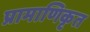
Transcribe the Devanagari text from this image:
प्रामाणिकृत